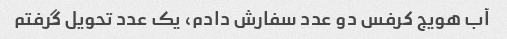
آب هویج کرفس دو عدد سفارش دادم، یک عدد تحویل گرفتم